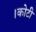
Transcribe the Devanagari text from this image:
।कोटी